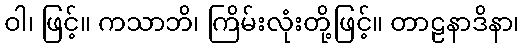
ဝါ၊ ဖြင့်။ ကသာဘိ၊ ကြိမ်းလုံးတို့ဖြင့်။ တာဠနာဒိနာ၊